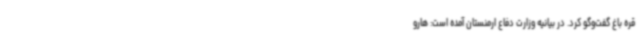
قره باغ گفت‌وگو کرد. در بیانیه وزارت دفاع ارمنستان آمده است: هارو